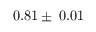
0 . 8 1 \pm \: 0 . 0 1